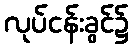
လုပ်ငန်းခွင်၌